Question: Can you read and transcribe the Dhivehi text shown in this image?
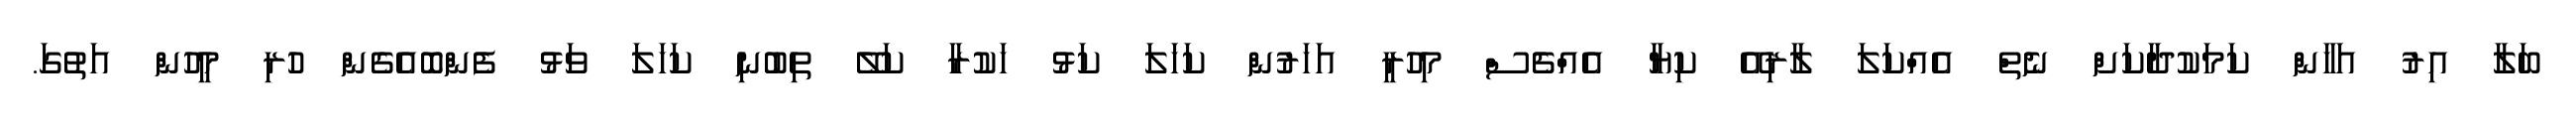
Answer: ބަލާ އިރު އަހާން ކަމަކުދާކަށް ނެތް އެއްކަލަ ލާރިއޭ ކިޔާ އެއްޗެސް މިހުރީ އަހަރުން ކަހަލަ ކަޅު ހަކުރާ ކަލޭ ތިބުނި ކަހަލަ ވަޅު ފެންބޮއެގެން ހުރި މީހުން އަތުގަ.